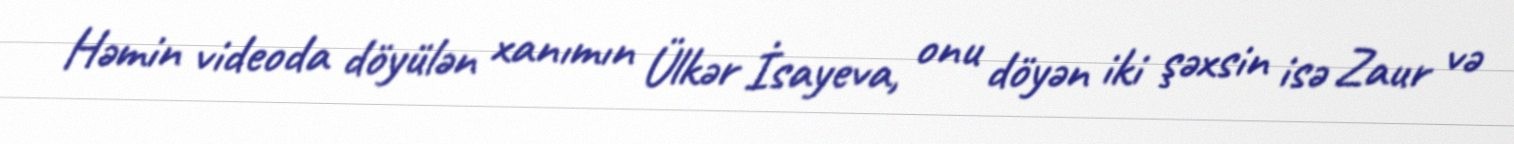
Həmin videoda döyülən xanımın Ülkər İsayeva, onu döyən iki şəxsin isə Zaur və